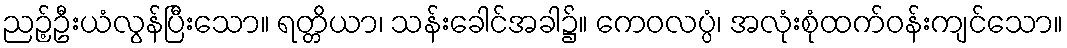
ညဉ့်ဦးယံလွန်ပြီးသော။ ရတ္တိယာ၊ သန်းခေါင်အခါ၌။ ကေဝလပ္ပံ၊ အလုံးစုံထက်ဝန်းကျင်သော။